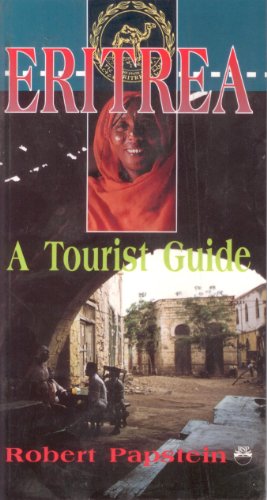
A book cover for Eritrea: A Tourist Guide; Robert Papstein; Travel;